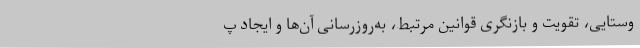
وستایی، تقویت و بازنگری قوانین مرتبط، به‌روزرسانی آن‌ها و ایجاد پ